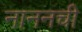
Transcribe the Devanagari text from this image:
नाननची